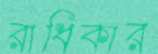
রাধিকার